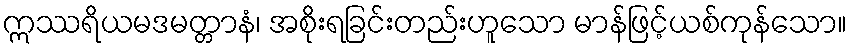
ဣဿရိယမဒမတ္တာနံ၊ အစိုးရခြင်းတည်းဟူသော မာန်ဖြင့်ယစ်ကုန်သော။